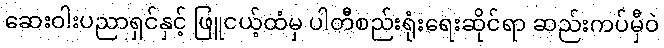
ဆေးဝါးပညာရှင်နှင့် ဖြူငယ့်ထံမှ ပါတီစည်းရုံးရေးဆိုင်ရာ ဆည်းကပ်မှီဝဲ